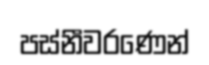
පස්නීවරණෙන්